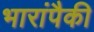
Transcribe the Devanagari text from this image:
भारांपैकी